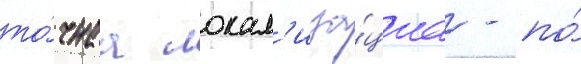
то́чнаа локал'иза́циа - по́